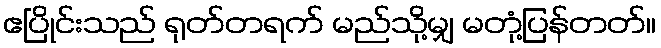
ဧပြိုင်းသည် ရုတ်တရက် မည်သို့မျှ မတုံ့ပြန်တတ်။